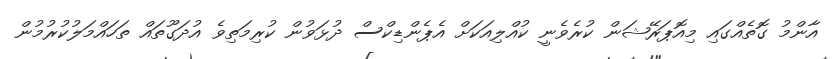
އާންމު ގޮތެއްގައި މިއޮޕަރޭޝަން ކުރެވެނީ ކުއްލިއަކަށް އެޕެންޑިކްސް ދުޅަވުން ކުރިމަތިވެ އުދަގޫތައް ތަހައްމަލުކުރުމުން